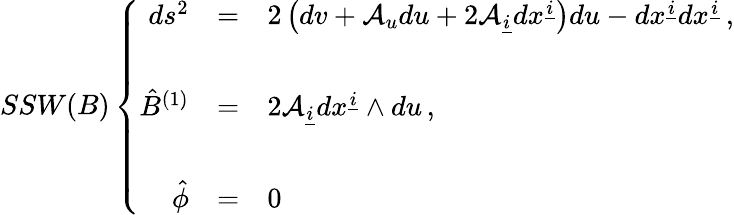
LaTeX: SSW(B)\left\{ \begin{array}{rcl}{{ds^{2}}}&{{=}}&{{2\left(dv+{\cal A}_{u}du+2{\cal A}_{\underline{{{i}}}}dx^{\underline{{{i}}}}\right)du-dx^{\underline{{{i}}}}dx^{\underline{{{i}}}}\, ,}}\\ {{}}&{{}}&{{}}\\ {{\hat{B}^{(1)}}}&{{=}}&{{2{\cal A}_{\underline{{{i}}}}dx^{\underline{{{i}}}}\wedge du\, ,}}\\ {{}}&{{}}&{{}}\\ {{\hat{\phi}}}&{{=}}&{{0\, }}\end{array}\right.